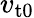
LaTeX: v_{\mathrm{t0}}